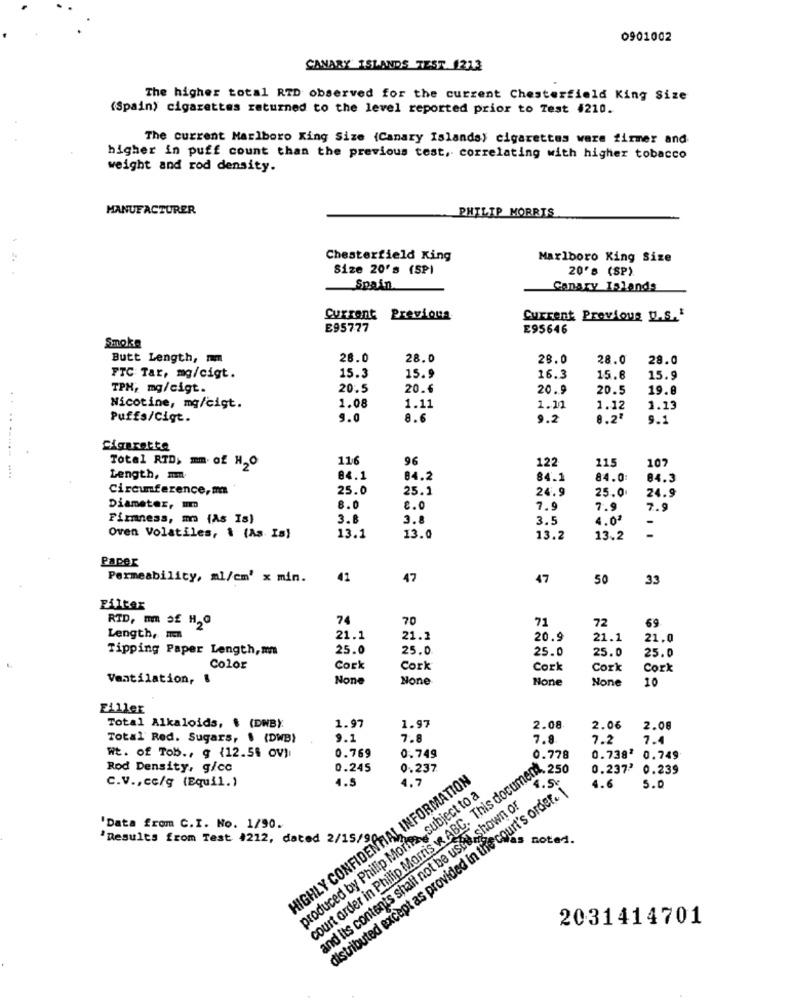
0901002
CANARY ISLANDS TEST 1213
The higher total RTD observed for the current Chesterfield King Size
(Spain) cigarettes returned to the level reported prior to Test #210.
The current Marlboro King Size (Canary Islands) cigarettes were firmer and
higher in puff count than the previous test, correlating with higher tobacco
weight and rod density.
MANUFACTURER
PHILIP MORRIS
Chesterfield King
Marlboro King Size
Size 20's (SP)
20's (SP).
Spain
Canary Islands
Current Previous
Current Previous U.S.'
E95777
E95646
Smoke
Butt Length, m
26.0
28.0
28.0
28.0
28.0
FTC Tar, mg/cigt.
15.3
15.9
16.3
15.8
15.9
TPH, mg/cigt.
20.5
20.6
20.9
20.5
19.8
Nicotine, mg/cigt.
1.08
1.11
1.11
1.12
1.13
.....
Puffs/Cigt.
9.0
8.6
9.2
8.2º
9.1
Cigarette
116
96
122
115
Total RTD; mm. of H2O
107
Length, mm.
84.1
84.2
84.1
84.0:
84.3
Circumference, m
25.0
25.1
24.9
25.0
24.9
Diameter, mm
8.0
2.0
7.9
7.9
7.9
Firmness, mm (As Is)
3.8
3.8
3.5
4.02
Oven Volatiles, 1 (As Is)
13.1
13.0
13.2
13.2
-
Paper
Permeability, ml/cm' x min.
41
47
47
50
33
Filter
RTD, mm of H2O
74
70
71
72
69.
Length, men
21.1
21.2
20.9
21.1
21.0
Tipping Paper Length,mm
25.0
25.0
25.0
25.0
25.0
Color
Cork
Cork
Cork
Cork
Cork
Ventilation, &
10
Filler
Total Alkaloids, $ (DWBY:
1.97
1.97
2.08
2.06
2.08
Total' Red. Sugars, $ (DWB)
9.1
7.8
7.8
7.2
7.4
court arder in Philip Morris w ABC. This document. 2 48
9-778
WE. of TOb ., g {12.56 OV)
0.769
0.749
0.738' 0.749
Rod Density, g/cc
0.245
0.237
0.2372 0.239
HIGHLY CONFIDENTIAL INFORMATION
4.5
4.7
C.V ., cc/g (Equil.)
produced by Philip Morna ,subject to a
distributed except as provided in the court's order. i
4.6
5.0
and its contents shall not be used shown or
'Data from C.I. No. 1/90.
'Results from Test 4212, dated 2/15/9
noted.
2031414701